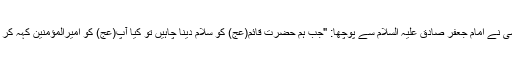
مروی ہے کہ کسی نے امام جعفر صادق علیہ السلام سے پوچھا: "جب ہم حضرت قائم(عج) کو سلام دینا چاہیں تو کیا آپ(عج) کو امیرالمؤمنین کہہ کر پکار سکتے ہیں؟